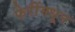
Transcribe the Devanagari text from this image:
फेरींमधून